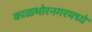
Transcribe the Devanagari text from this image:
काळभोरनगरमध्ये